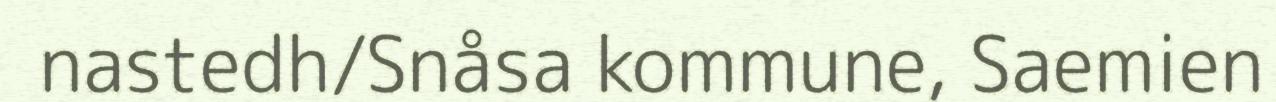
nastedh/Snåsa kommune, Saemien